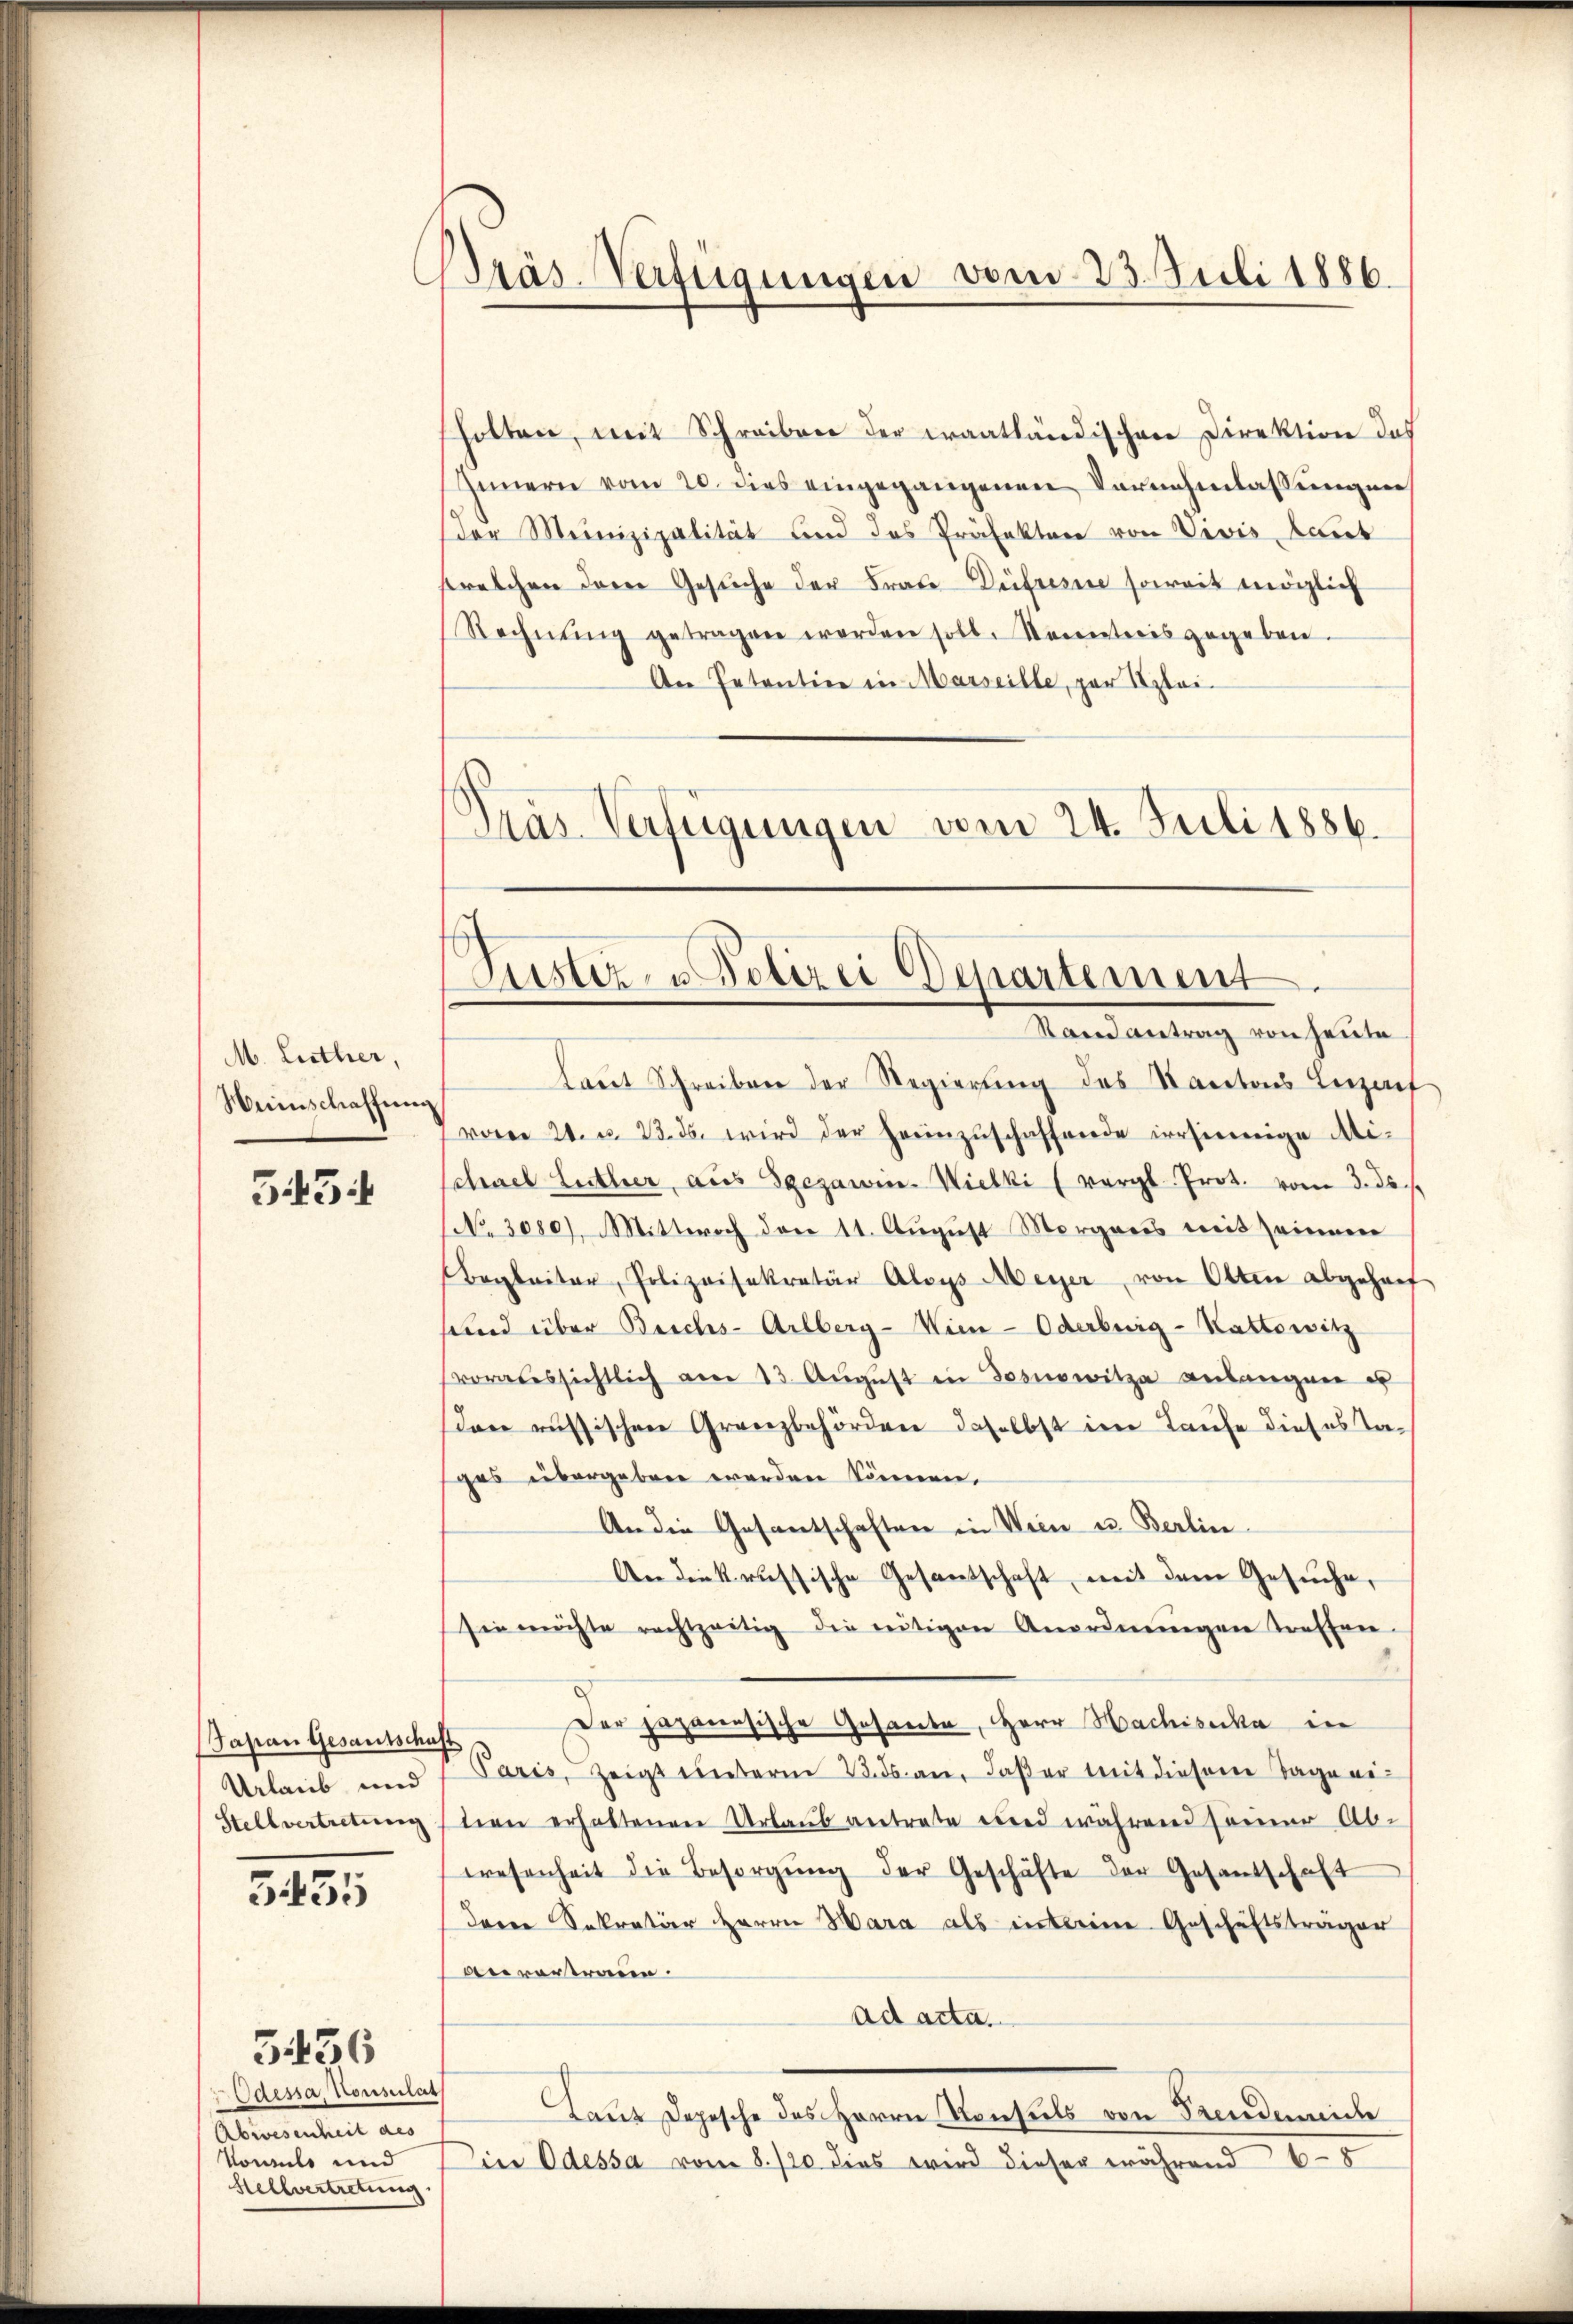
M. Luther,
Weinschaffung

543

Papan Gesantschaft
Stellvertretung

5435

Odessa, Konsulat
Abwesenheit des
Kommels und
Hellvertretung.

5436

Präs. Verfügungen vom 23. Juli 1886.

sholten, mit Schreiben der Frantländischen Direktion des
Innern vom 20. dies eingegangenen Vornehmlassungen
der Meinizipalität und des Präfektore von Divis Kant
welchen derer Gesŭche der Frau Deibres soweit möglich
Rechnŭng getragen werden soll. Stenntnis gegeben.
An Petentin in Marseille, zur Klei¬
Präs. Verfügungen vom 24. Juli 1886.

Puster, u. Polizei Departement.
Randantrag von heute

Laut Schreiben der Regierung des Kantons Luzaf
vom 21. d. 23. ds. wird der heimzuschaffende irrsienige Mischael Luther, aus gezawin-Wielki (vergl. Prot. vom 3. ds.
No. 3080), Mittwoch den 11. August Morganis mit seinen
Begleiter, Polizeisekretär Aloys Meyer von Otten abgehof
sund über Beichs-Arlberg-Wien-Oderberg-Kattowitz
oratessichtlich am 13. Aŭgŭst in Bernowitz anlangen u
Dan russischen Granzbehörden daselbst im Laufe dieses Tages übergeben werden können.
An die Gesantschaften in Wien u. Berlin.
Andinkrussische Gesantschaft, mit dem Gesuche,
sie möchte rechtzeitig die nötigen Anordnŭngen treffen.
Der japanesische Gesante, Herr Hachisecka in
Urlaub und Paris, zeigt unterm 22. ds. an, daβ er mit diesem Tage eitien erhaltenen Urlaub antrate wird während seiner Abwesenheit die Besorgŭng der Geschäfte der Gesandschaft
deren Sekretär Herrn Mara als interem Geschäftsträger
Anvertraue.
ad acta.
Taut Depesche des Herrn Konsuls von Sendeiche
Die Odessa vom 8./20. dies wird dieser während 68